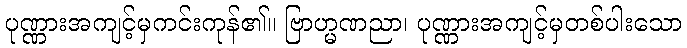
ပုဏ္ဏားအကျင့်မှကင်းကုန်၏။ ဗြာဟ္မဏညာ၊ ပုဏ္ဏားအကျင့်မှတစ်ပါးသော